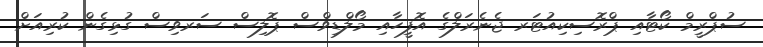
ސުޕްރީމް ކޯޓާއި ޕްރޮސިކިއުޓަރ ޖެނެރަލްގެ އޮފީހާއި މޯލްޑިވްސް ޕޮލިސް ސަރވިސް ގުޅިގެން ކުރިއަށް